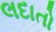
લદાતો